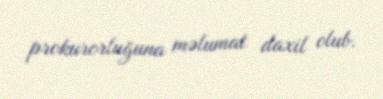
prokurorluğuna məlumat daxil olub.